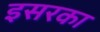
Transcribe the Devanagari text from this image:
इसरका